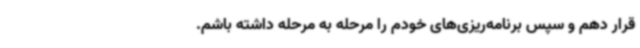
قرار دهم و سپس برنامه‌ریزی‌های خودم را مرحله‌ به‌ مرحله داشته باشم.